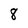
Character: 8